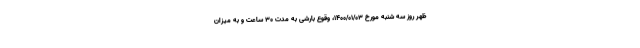
ظهر روز سه شنبه مورخ ۱۴۰۰/۰۱/۰۳، وقوع بارشی به مدت ۳۰ ساعت و به میزان